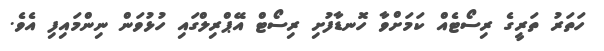
ހަތަރު ތަރީގެ ރިސޯޓެއް ކަމަށްވާ ހޮނޑާފުށި ރިސޯޓް އޭޕްރިލްގައި ހުޅުވަން ނިންމައިފި އެވެ.